Vaccination North-Western Provinces and Oudh 1878-1895 - 1878-1895
Year: 1878
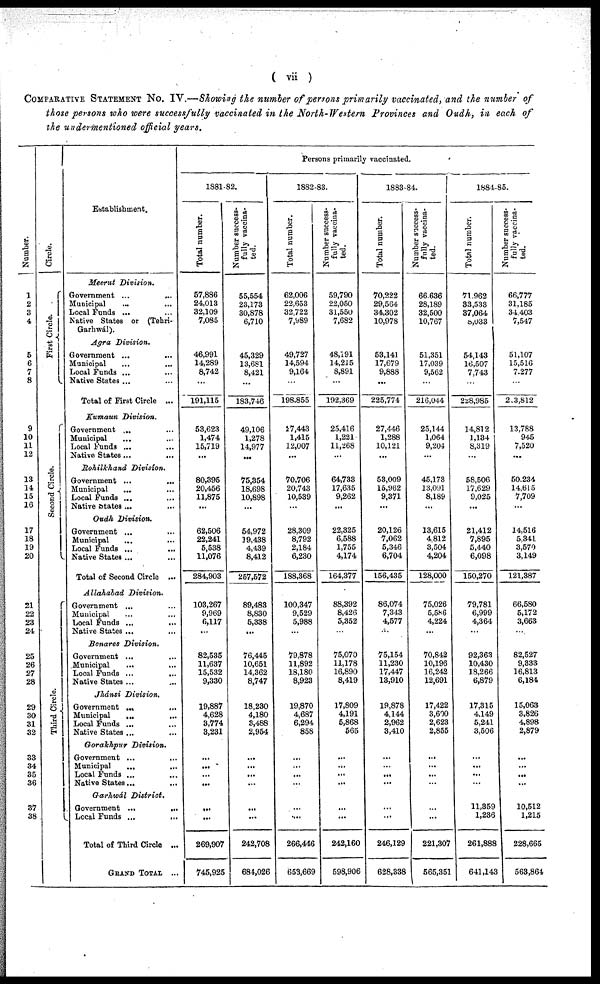
( vii )
COMPARATIVE STATEMENT No. IV.—Showing the number of persons primarily vaccinated, and the number of
those persons who were successfully vaccinated in the North-Western Provinces and Oudh, in each of
the undermentioned official years.
Number.
1
2
3
4
5
6
7
8
9
10
11
12
13
14
15
16
17
18
19
20
21
22
23
24
25
26
27
28
29
30
31
32
33
34
35
36
37
38
Circle.
First Circle.
Second Circle.
Third Circle.
Establishment.
Meerut Division.
Government ...
...
Municipal ... ...
Local Funds ... ...
Native States or (Tehri-
Garhwál).
Agra Division.
Government ... ...
Municipal ... ...
Local Funds ... ...
Native States ... ...
Total of First Circle ...
Kumaun Division.
Government ... ...
Municipal ... ...
Local Funds ... ...
Native States... ...
Rohilkhand
Division.
Government ...
...
Municipal
... ...
Local Funds ... ...
Native States ... ...
Oudh Division.
Government ...
...
Municipal ... ...
Local Funds ... ...
Native States ... ...
Total of Second Circle ...
Allahabad
Division.
Government ... ...
Municipal ... ...
Local Funds ... ...
Native States ...
...
Benares
Division.
Government ... ...
Municipal ... ...
Local Funds ...
...
Native States ...
Jhánsi
Division.
Government ...
...
Municipal
...
Local Funds ...
Native States ...
Gorakhpur
Division.
Government ...
...
Municipal
...
Local Funds ...
Native States...
Garhwál
District.
Government ...
...
Local Funds ...
...
Total of Third Circle ...
GRAND TOTAL ...
Persons primarily vaccinated.
1881-82.
Total number.
57,886
24,013
32,109
7,085
46,991
14,289
8,742
...
191,115
53,623
1,474
15,719
...
80,395
20,456
11,875
...
62,506
22,241
5,538
11,076
284,903
103,267
9,969
6,117
...
82,535
11,637
15,532
9,330
19,887
4,628
3,774
3,231
...
...
...
...
...
...
269,907
745,925
Number success-
fully vaccina-
ted.
55,554
23,173
30,878
6,710
45,329
13,681
8,421
...
183,746
49,106
1,278
14,977
...
75,354
18,698
10,898
...
54,972
19,438
4,439
8,412
257,572
89,483
8,830
5,338
...
76,445
10,651
14,362
8,747
18,230
4,180
3,488
2,954
...
...
...
...
...
...
242,708
684,026
1882-83.
Total number.
62,006
22,653
32,722
7,989
49,727
14,594
9,164
...
198,855
27,443
1,415
12,007
...
70,706
20,743
10,539
...
28,309
8,792
2,184
6,230
188,368
100,347
9,529
5,988
...
79,878
11,892
18,180
8,923
19,870
4,687
6,294
858
...
...
...
...
...
...
266,446
653,669
Number success-
fully vaccina-
ted.
59,790
22,050
31,550
7,682
48,191
14,215
8,891
...
192,369
25,416
1,221
11,268
...
64,733
17,635
9,262
...
22,325
6,588
1,755
4,174
164,377
88,392
8,426
5,352
...
75,070
11,178
16,890
8,419
17,809
4,191
5,868
565
...
...
...
...
...
...
242,160
598,906
1883-84.
Total number.
70,222
29,564
34,302
10,978
53,141
17,679
9,888
...
225,774
27,446
1,288
10,121
...
53,009
15,962
9,371
...
20,126
7,062
5,346
6,704
156,435
86,074
7,343
4,577
...
75,154
11,230
17,447
13,910
19,878
4,144
2,962
3,410
...
...
...
...
...
...
246,129
628,338
Number success-
fully vaccina-
ted.
66,636
28,189
32,500
10,767
51,351
17,039
9,562
...
216,044
25,144
1,064
9,204
...
45,173
13,091
8,189
...
13,615
4,812
3,504
4,204
128,000
75,026
5,586
4,224
...
70,842
10,196
16,242
12,691
17,422
3,600
2,623
2,855
...
...
...
...
...
...
221,307
565,351
1884-85.
Total number.
71,962
33,533
37,064
8,033
54,143
16,507
7,743
...
228,985
14,812
1,134
8,319
...
58,506
17,629
9,025
...
21,412
7,895
5,440
6,098
150,270
79,781
6,999
4,364
...
92,363
10,430
18,266
6,879
17,315
4,149
5,241
3,506
...
...
...
...
11,359
1,236
261,888
641,143
Number success-
fully vaccina-
ted.
66,777
31,185
34,403
7,547
51,107
15,516
7,277
...
213,812
13,788
945
7,520
...
50,234
14,615
7,709
...
14,516
5,341
3,570
3,149
121,387
66,580
5,172
3,663
...
82,527
9,333
16,813
6,184
15,063
3,826
4,898
2,879
...
...
...
...
10,512
1,215
228,665
563,864